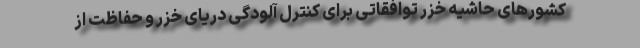
کشور‌های حاشیه خزر توافقاتی برای کنترل آلودگی دریای خزر و حفاظت از